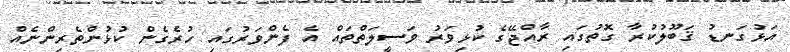
އަޅުގަނޑު ޤަބޫލުކުރާ ގޮތުގައި ރާއްޖޭގެ ކުޅިވަރު ވަސީލަތްތައް އެ ފެންވަރުގައި ހުރެގެން ކުޅުންތެރިންނެއް